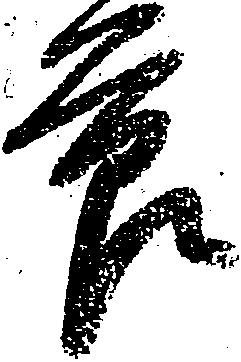
節